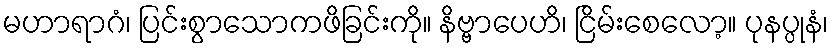
မဟာရာဂံ၊ ပြင်းစွာသောကဖိခြင်းကို။ နိဗ္ဗာပေဟိ၊ ငြိမ်းစေလော့။ ပုနပ္ပုနံ၊